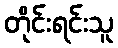
တိုင်းရင်းသူ